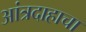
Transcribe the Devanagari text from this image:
आंत्रदाहाचा